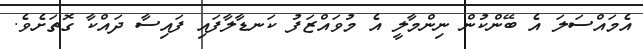
އެމައްސަލަ އެ ބޭންކުން ނިންމާލީ އެ މުވައްޒަފު ކަނޑާލާފައި ފައިސާ ދައްކާ ގޮތަށެވެ.